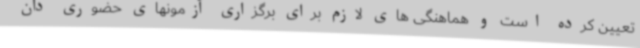
تعیین کرده است و هماهنگی های لازم برای برگزاری آزمونهای حضوری دان